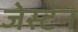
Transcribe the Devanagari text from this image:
जेस्टन